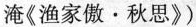
淹《渔家傲·秋思》)